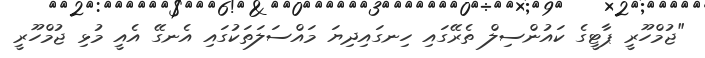
"ޖުމްހޫރީ ޕާޓީގެ ކައުންސިލް ތެރޭގައި ހިނގައިދިޔަ މައްސަލަތަކުގައި އެނގޭ އެއީ މުޅި ޖުމްހޫރީ